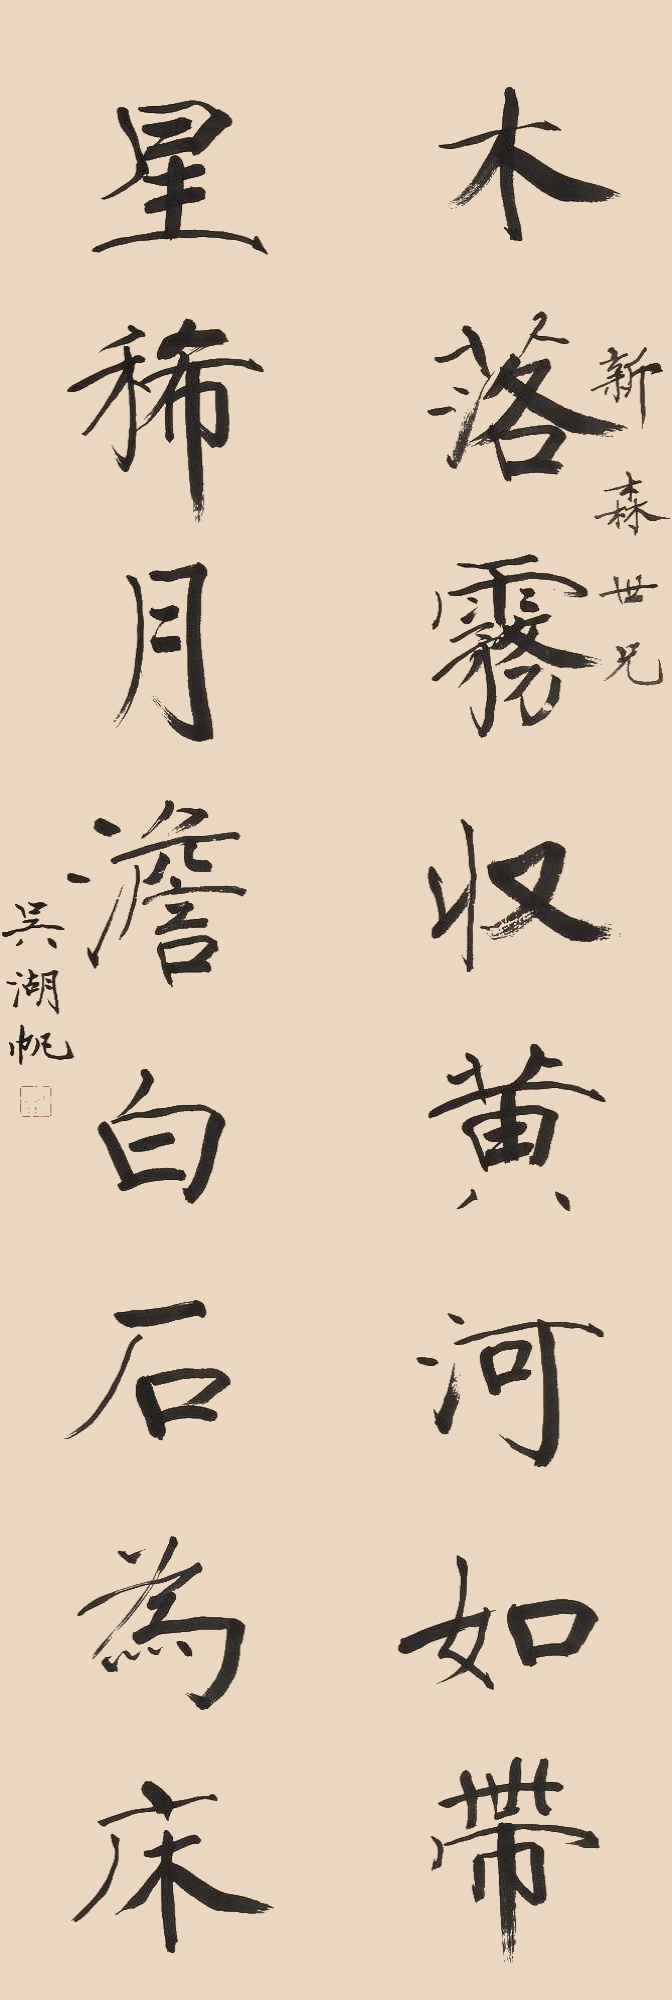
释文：木落雾收黄河如带，星稀月淡白石为床。新森世兄。吴湖帆。